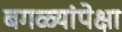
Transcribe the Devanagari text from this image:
बगळ्यांपेक्षा